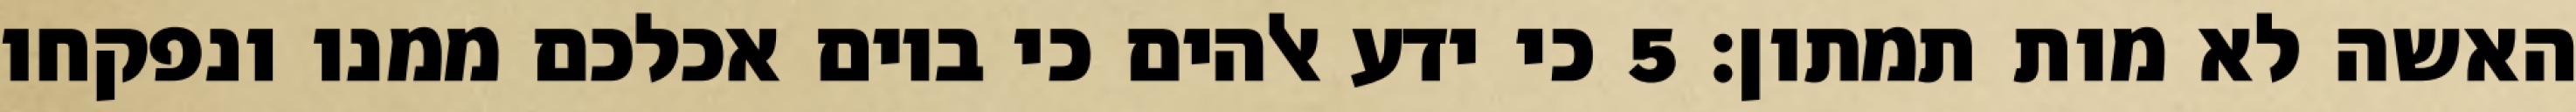
האשה לא מות תמתון׃ ‎5‏ כי ידע אלהים כי ביום אכלכם ממנו ונפקחו